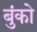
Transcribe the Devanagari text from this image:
बुंको